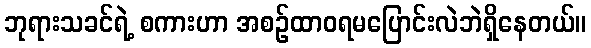
ဘုရားသခင်ရဲ့ စကားဟာ အစဉ်ထာဝရမပြောင်းလဲဘဲရှိနေတယ်။